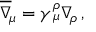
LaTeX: \overline { { \nabla } } _ { \! \mu } = \gamma _ { \, \mu } ^ { \rho } \nabla _ { \! \rho } \, ,